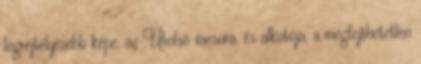
legrejtélyesebb képe, az Utolsó vacsora, és alkotója, a megfejthetetlen